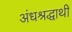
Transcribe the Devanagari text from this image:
अंधश्रद्धाथी